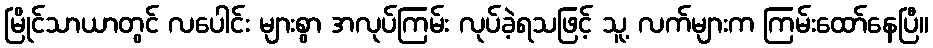
မြိုင်သာယာတွင် လပေါင်း များစွာ အလုပ်ကြမ်း လုပ်ခဲ့ရသဖြင့် သူ့ လက်များက ကြမ်းထော်နေပြီ။